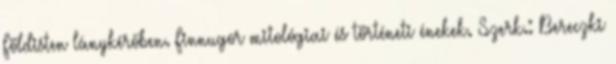
Földisten lánykérőben. Finnugor mitológiai és történeti énekek. Szerk.: Bereczki